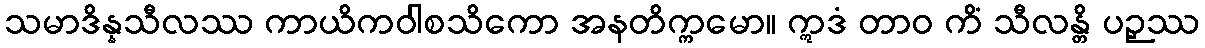
သမာဒိန္နသီလဿ ကာယိကဝါစသိကော အနတိက္ကမော။ ဣဒံ တာဝ ကိံ သီလန္တိ ပဉှဿ